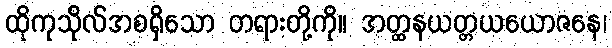
ထိုကုသိုလ်အစရှိသော တရားတို့ကို။ အတ္ထနယတ္တယယောဇနေ၊